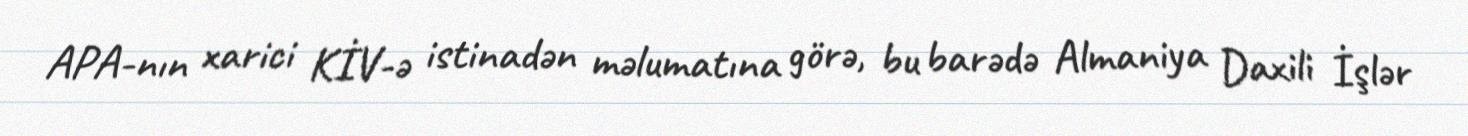
APA-nın xarici KİV-ə istinadən məlumatına görə, bu barədə Almaniya Daxili İşlər